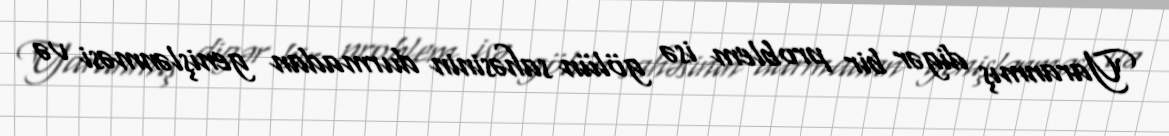
Yaranmış digər bir problem isə gölün sahəsinin durmadan genişlənməsi və